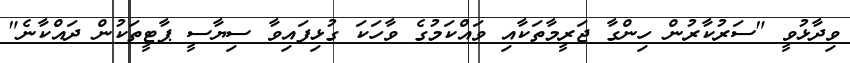
ވިދާޅުވީ "ސަރުކާރުން ހިންގާ ޖަރީމާތަކާއި ވައްކަމުގެ ވާހަކަ ގުޅިފައިވާ ސިޔާސީ ޕާޓީތަކުން ދައްކާނެ"